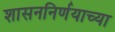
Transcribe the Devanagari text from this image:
शासननिर्णयाच्या